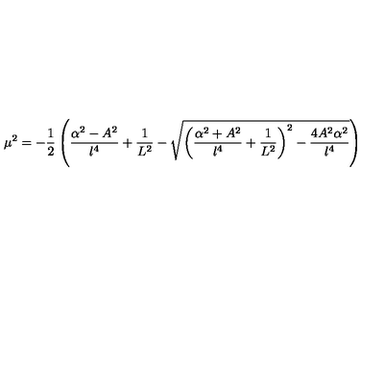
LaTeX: \mu ^ { 2 } = - \frac { 1 } { 2 } \left( \frac { \alpha ^ { 2 } - A ^ { 2 } } { l ^ { 4 } } + \frac { 1 } { L ^ { 2 } } - \sqrt { { \left( \frac { \alpha ^ { 2 } + A ^ { 2 } } { l ^ { 4 } } + \frac { 1 } { L ^ { 2 } } \right) ^ { 2 } - \frac { 4 A ^ { 2 } \alpha ^ { 2 } } { l ^ { 4 } } } } \right)